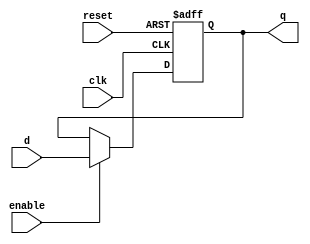
module D_Flip_Flop_1(input clk, reset, enable, d,
									   output reg q);
	always@(posedge clk, posedge reset)
	if (reset) q <= 0;
	else if (enable) q <= d;
	else q <= q;
endmodule

module D_Flip_Flop_2(input clk, reset, enable,
										 input [1:0] d,
									   output reg [1:0] q);
	always@(posedge clk, posedge reset)
	if (reset) q <= 2'b0;
	else if (enable) q <= d;
	else q <= q;
endmodule

module D_Flip_Flop_4(input clk, reset, enable,
									   input [3:0] d,
									   output reg [3:0] q);
	always@(posedge clk, posedge reset)
	if (reset) q <= 3'b0;
	else if (enable) q <= d;
	else q <= q;
endmodule

module D_Flip_Flop_8(input clk, reset, enable,
									   input [7:0] d,
									   output reg [7:0] q);
	always@(posedge clk, posedge reset)
	if (reset) q <= 8'b0;
	else if (enable) q <= d;
	else q <= q;
endmodule